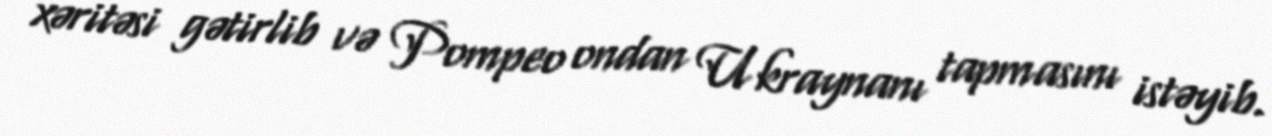
xəritəsi gətirlib və Pompeo ondan Ukraynanı tapmasını istəyib.